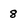
Character: 8